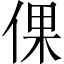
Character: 倮